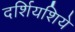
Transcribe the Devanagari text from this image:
दर्शियशिये